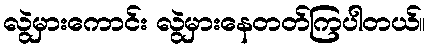
လွဲမှားကောင်း လွဲမှားနေတတ်ကြပါတယ်။